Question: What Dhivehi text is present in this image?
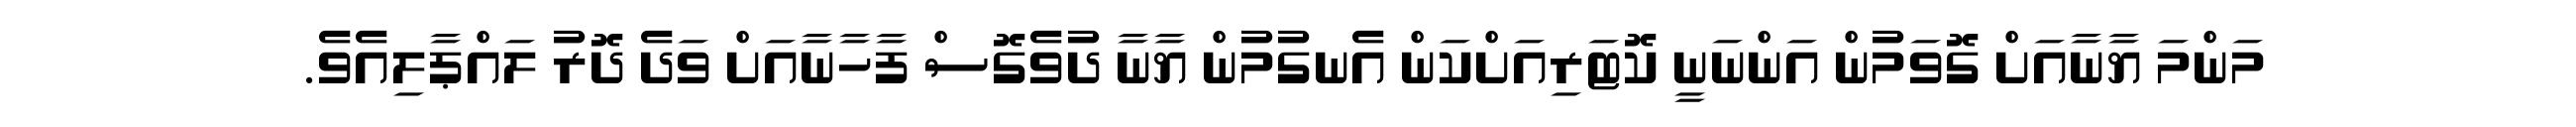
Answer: މަންމަ ޔާނާއަށް ގޮވަމުން އަންނަނީ ކޮޓަރިއަށްކަން އެނގުމުން ޔާނާ ދުވެގޮސް ފާހާނާއަށް ވަދެ ދޮރު ލައްޕާލިއެވެ.